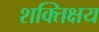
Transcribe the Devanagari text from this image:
शक्तिक्षय